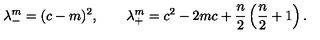
\lambda _ { - } ^ { m } = ( c - m ) ^ { 2 } , \qquad \lambda _ { + } ^ { m } = c ^ { 2 } - 2 m c + { \frac { n } { 2 } } \left( { \frac { n } { 2 } } + 1 \right) .